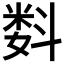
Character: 𬖠